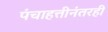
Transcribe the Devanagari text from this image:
पंचाहत्तीनंतरही